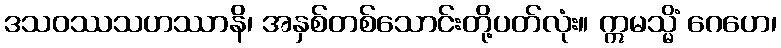
ဒသဝဿသဟဿာနိ၊ အနှစ်တစ်သောင်းတို့ပတ်လုံး။ ဣမသ္မိံ ဂေဟေ၊